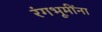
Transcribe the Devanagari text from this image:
रंगभूमींना